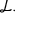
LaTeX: { \mathcal { L } } .